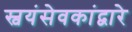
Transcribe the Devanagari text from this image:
स्वयंसेवकांद्वारे